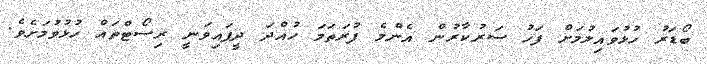
ބޯޑަރު ހުޅުވައިލުމަށް ފަހު ސަރުކާރުން އެންމެ ފުރަތަމަ ހުއްދަ ދީފައިވަނީ ރިސޯޓްތައް ހުޅުވުމަށެވެ.